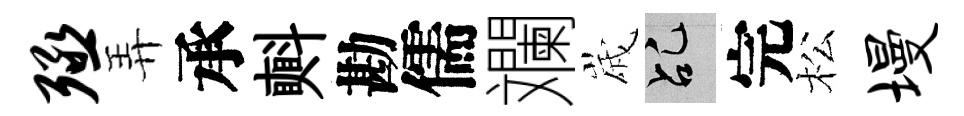
殛弄承㪺勘儒斕𡻕乩完松墁